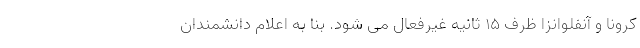
کرونا و آنفلوانزا ظرف ۱۵ ثانیه غیرفعال می شود. بنا به اعلام دانشمندان